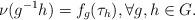
LaTeX: \begin{align*} \nu (g^{-1}h)=f_g(\tau_h), \forall g, h \in G. \end{align*}